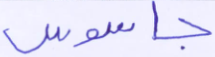
جاسوس